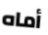
أماه